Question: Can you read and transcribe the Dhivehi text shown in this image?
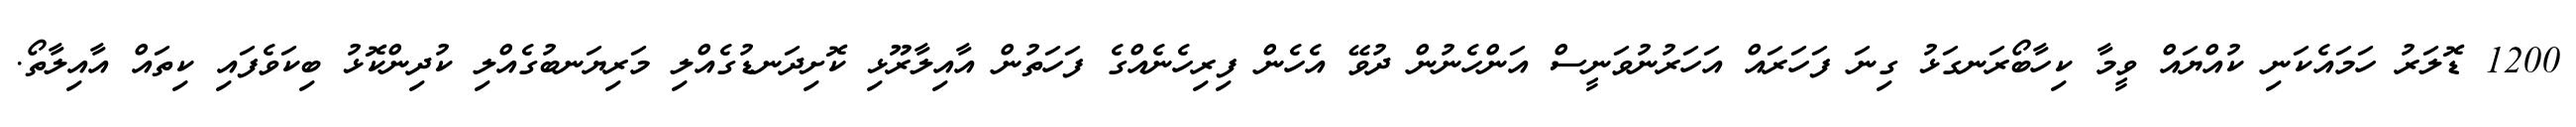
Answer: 1200 ޑޮލަރު ހަމައެކަނި ކުއްޔައް ވީމާ ކިހާބޯރަނގަޅު ގިނަ ފަހަރައް އަހަރުނުވަނީސް އަންހެނުން ދުވޭ އެހެން ފިރިހެނެއްގެ ފަހަތުން އާއިލާރޫޅި ކޮށިދަނޑުގެއްލި މަރިޔަނބުގެއްލި ކުދިންކޮޅު ބިކަވެފައި ކިތައް އާއިލާތޯ.